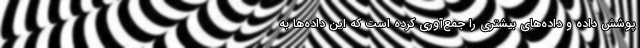
پوشش داده و داده‌های بیشتری را جمع‌آوری کرده است که این داده‌ها به